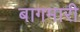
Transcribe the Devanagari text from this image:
बागमारी